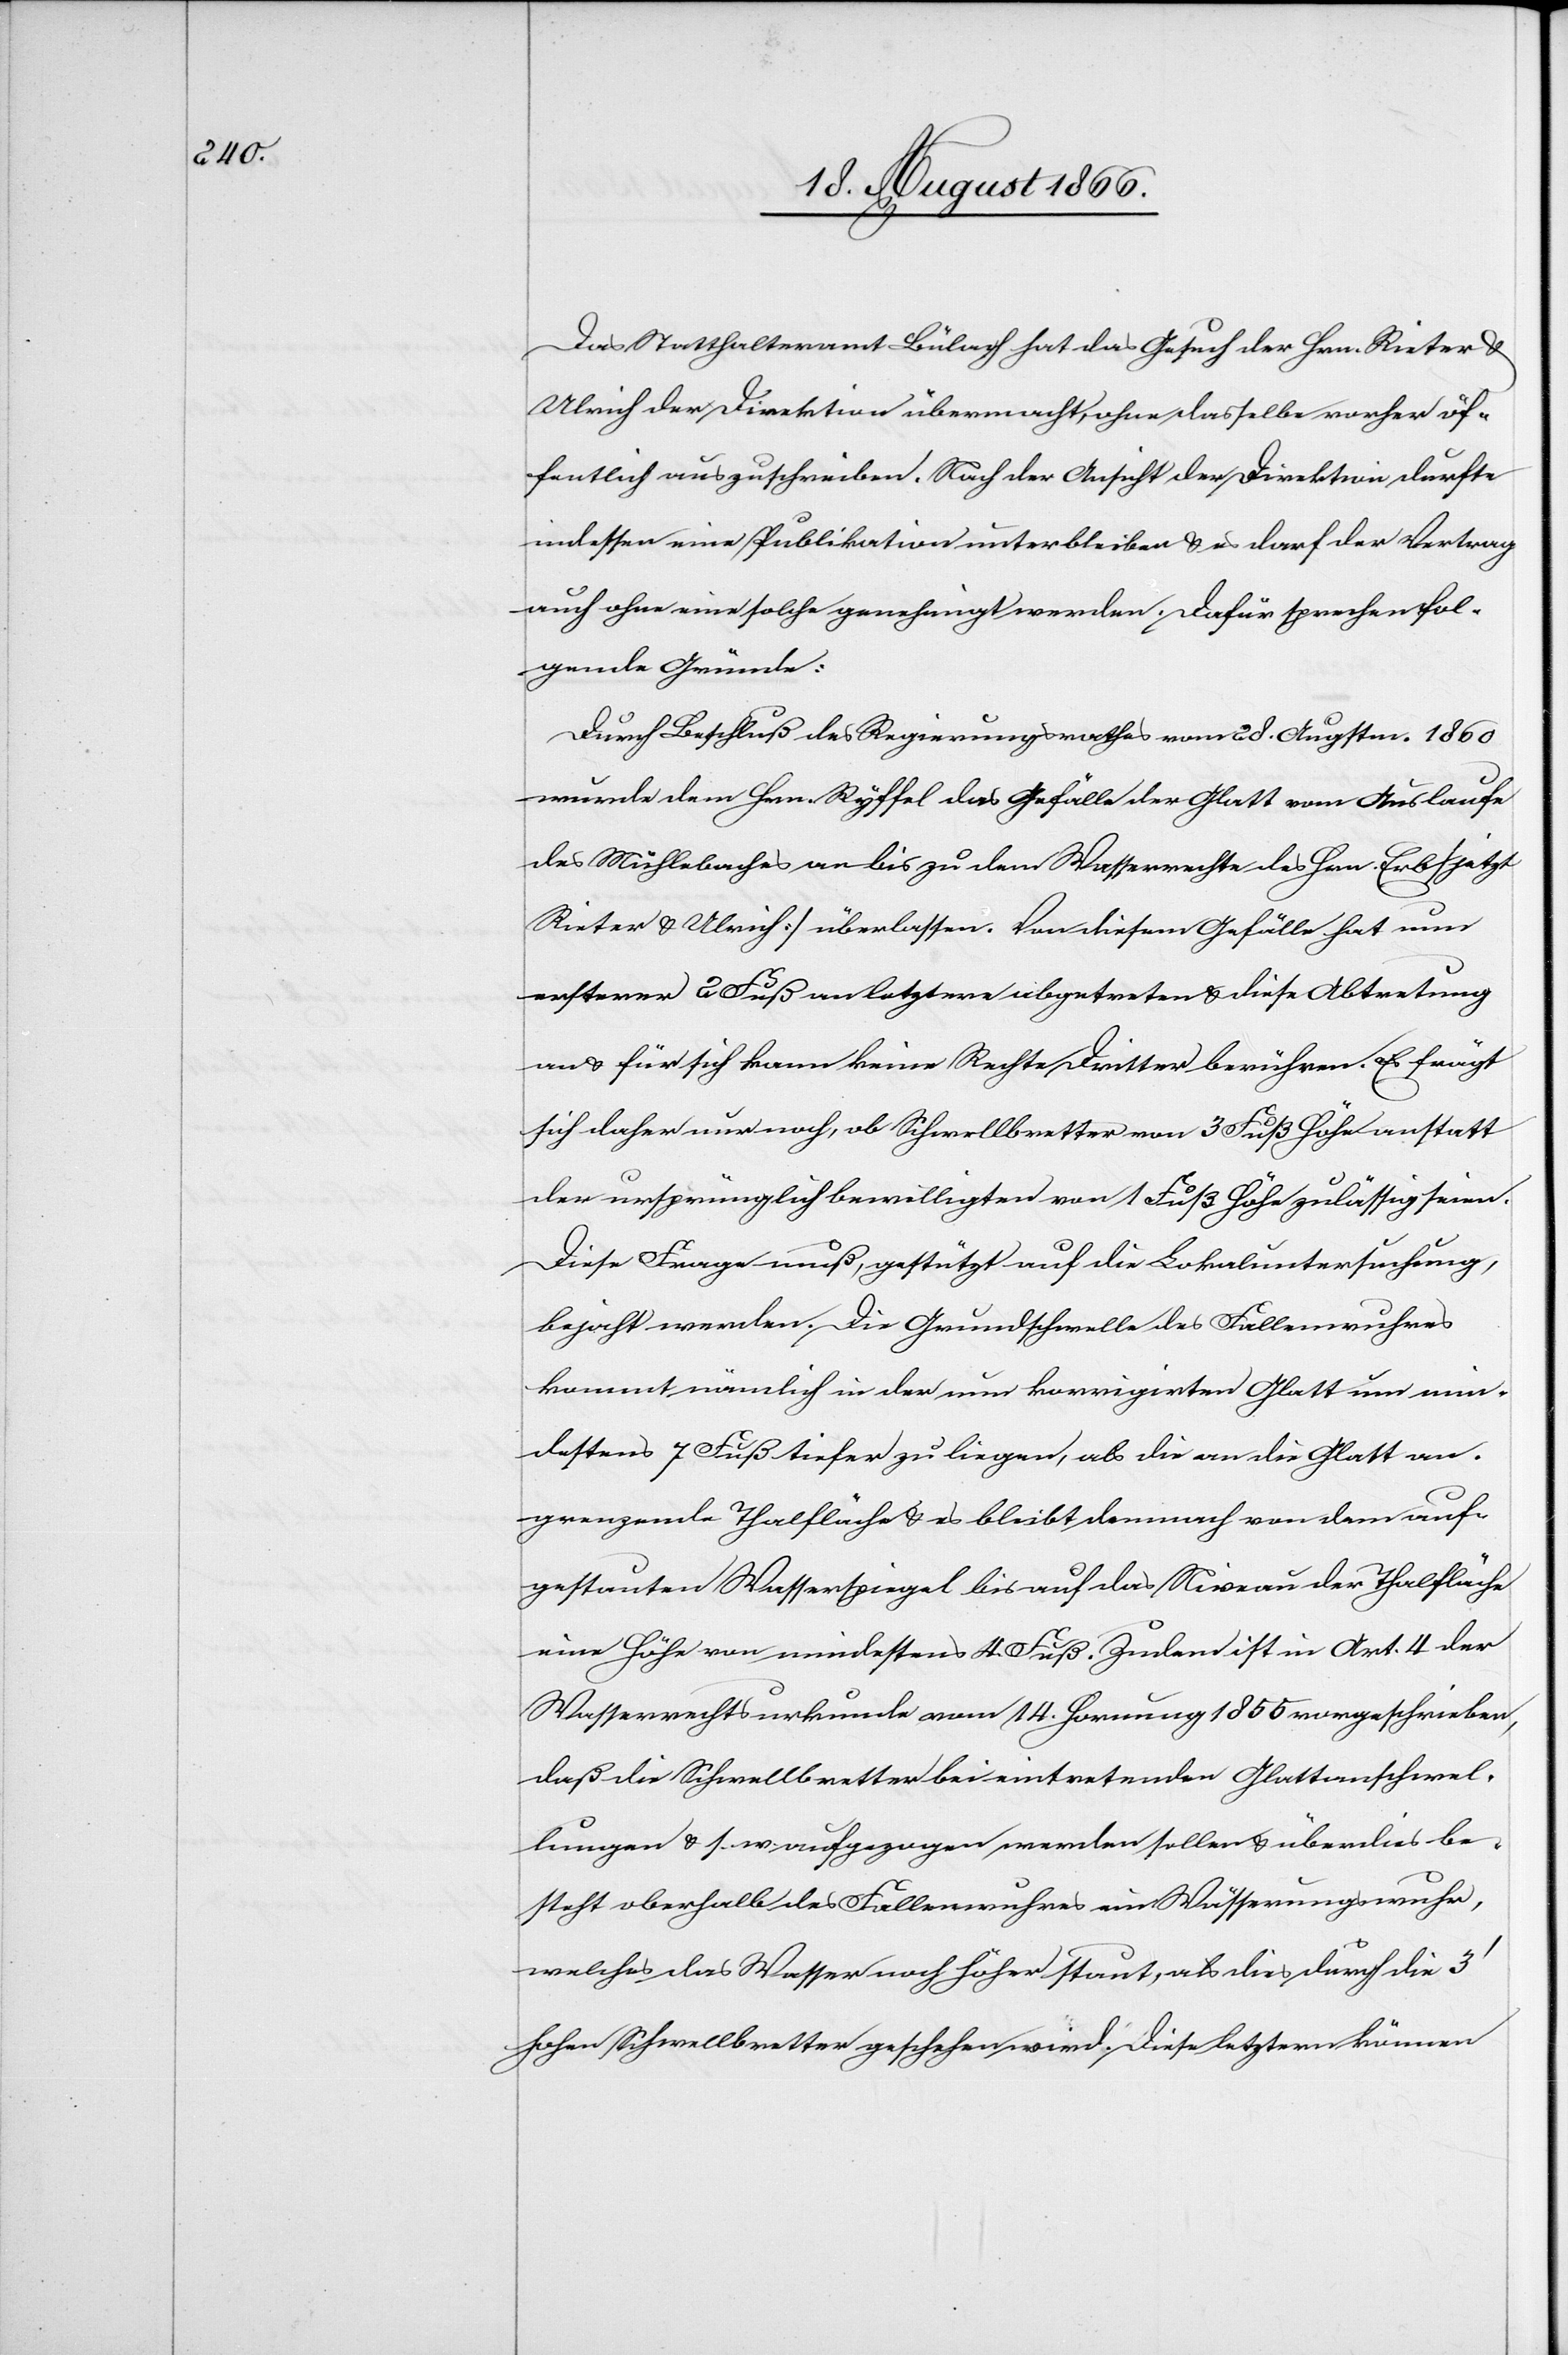
Das Statthalteramt Bülach hat das Gesuch der Hrn. Rieter u.
Ulrich der Direktion übermacht, ohne dasselbe vorher öf¬
fentlich auszuschreiben. Nach der Ansicht der Direktion durfte
indessen eine Publikation unterbleiben u. es darf der Vertrag
auch ohne eine solche genehmigt werden. Dafür sprechen fol¬
gende Gründe:
Durch Beschluß des Regierungsrathes vom 28. Augstm. 1860
wurde dem Hrn. Ryffel das Gefälle der Glatt vom Auslaufe
des Mühlebaches an bis zu dem Wasserrechte des Hrn. Erb [jetzt
Rieter u. Ulrich] überlassen. Von diesem Gefälle hat nun
ersterer 2 Fuß an letztern abgetreten u. diese Abtretung
an u. für sich kann keine Rechte Dritter berühren. Es frägt
sich daher nur nach, ob Schwellbretter von 3 Fuß Höhe anstelle
der ursprünglich bewilligten 1 Fuß Höhe zulässig seien.
Diese Frage muß, gestützt auf die Lokaluntersuchung,
bejaht werden. Die Grundschwelle des Fallenwuhres
kommt nämlich in der nun korrigirten Glatt um min¬
destens 7 Fuß tiefer zu liegen, als die an die Glatt an¬
grenzende Thalfläche u. es bleibt demnach von dem auf¬
gestauten Wasserspiegel bis auf das Niveau der Thalfläche
eine Höhe von mindestens 4 Fuß. Zudem ist in Art. 4 der
Wasserrechtsurkunde vom 14. Hornung 1855 vorgeschrieben,
daß die Schwellbretter bei eintretenden Glattanschwel¬
lungen u. s. w. aufgezogen werden sollen u. überdies be¬
steht oberhalb des Fallenwuhres ein Wässerungswuhr,
welches das Wasser noch höher staut, als dies durch die 3‘
hohen Schwellbretter geschehen wird. Diese letztern können